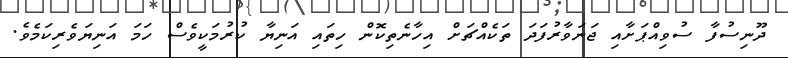
ދޫނިސުފާ ސުވިއްޕަށާއި ޖަނަވާރުފަދަ ތަކެއްޗަށް އިހާނެތިކޮން ހިތައި އަނިޔާ ކުރުމަކީވެސް ހަމަ އަނިޔަވެރިކަމެވެ.